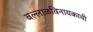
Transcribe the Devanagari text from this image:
बल्लाळविनायकाची